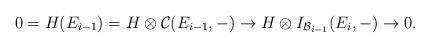
LaTeX: \begin{align*} 0=H(E_{i-1})=H\otimes \mathcal{C}(E_{i-1},-)\rightarrow H\otimes I_{\mathcal{B}_{i-1}}(E_i,-)\rightarrow 0.\end{align*}